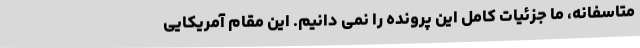
متاسفانه، ما جزئیات کامل این پرونده را نمی دانیم. این مقام آمریکایی